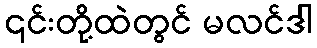
၎င်းတို့ထဲတွင် မလင်ဒါ